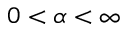
0 < \alpha < \infty